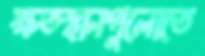
ক্ষতস্থানগুলোতে